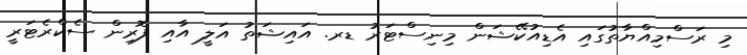
މި ރަސްމިއްޔާތުގައި އެޑިއުކޭޝަން މިނިސްޓަރު ޑރ. އައިޝަތު އަލީ އާއި ފޮރިން ސެކްރެޓަރީ